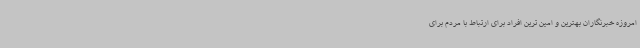
امروزه خبرنگاران بهترین و امین ترین افراد برای ارتباط با مردم برای